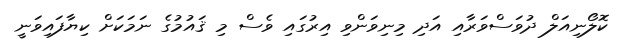
ކޮލޯނިއަލް ދުވަސްވަރާއި އަދި މިނިވަންވި އިރުގައި ވެސް މި ޤައުމުގެ ނަމަކަށް ކިޔާފައިވަނީ